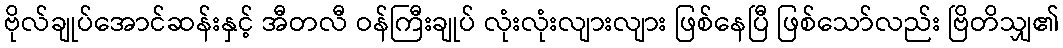
ဗိုလ်ချုပ်အောင်ဆန်းနှင့် အီတလီ ဝန်ကြီးချုပ် လုံးလုံးလျားလျား ဖြစ်နေပြီ ဖြစ်သော်လည်း ဗြိတိသျှ၏